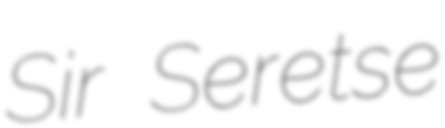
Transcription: Sir Seretse